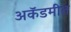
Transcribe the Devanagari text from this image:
अकॅडमीत